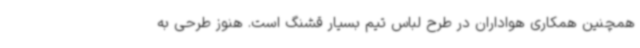
همچنین همکاری هواداران در طرح لباس تیم بسیار قشنگ است. هنوز طرحی به